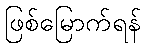
ဖြစ်မြောက်ရန်